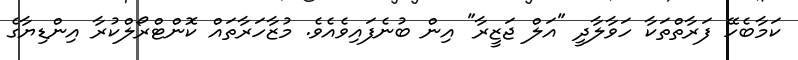
ކަމާބެހޭ ފަރާތްތަކާ ހަވާލާދީ "އަލް ޖަޒީރާ" އިން ބުނެފައިވެއެވެ. މުޒާހަރާތައް ކޮންޓްރޯލްކުރާ އިންޑިޔާގެ